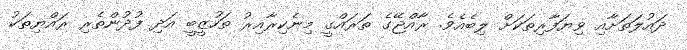
ދައުލަތަށާއި ވިޔަފާރިތަކަށް ލިބެއެވެ. ރާއްޖޭގެ ތަރައްގީ މިނެކިރާއިރު ތަހުޒީބީ އަދި ފުދުންތެރި ރައްޔިތަކު